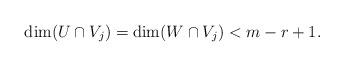
LaTeX: \begin{align*}\dim(U\cap V_j)=\dim (W\cap V_j)<m-r+1.\end{align*}